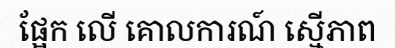
ផ្អែក លើ គោលការណ៍ ស្មើភាព